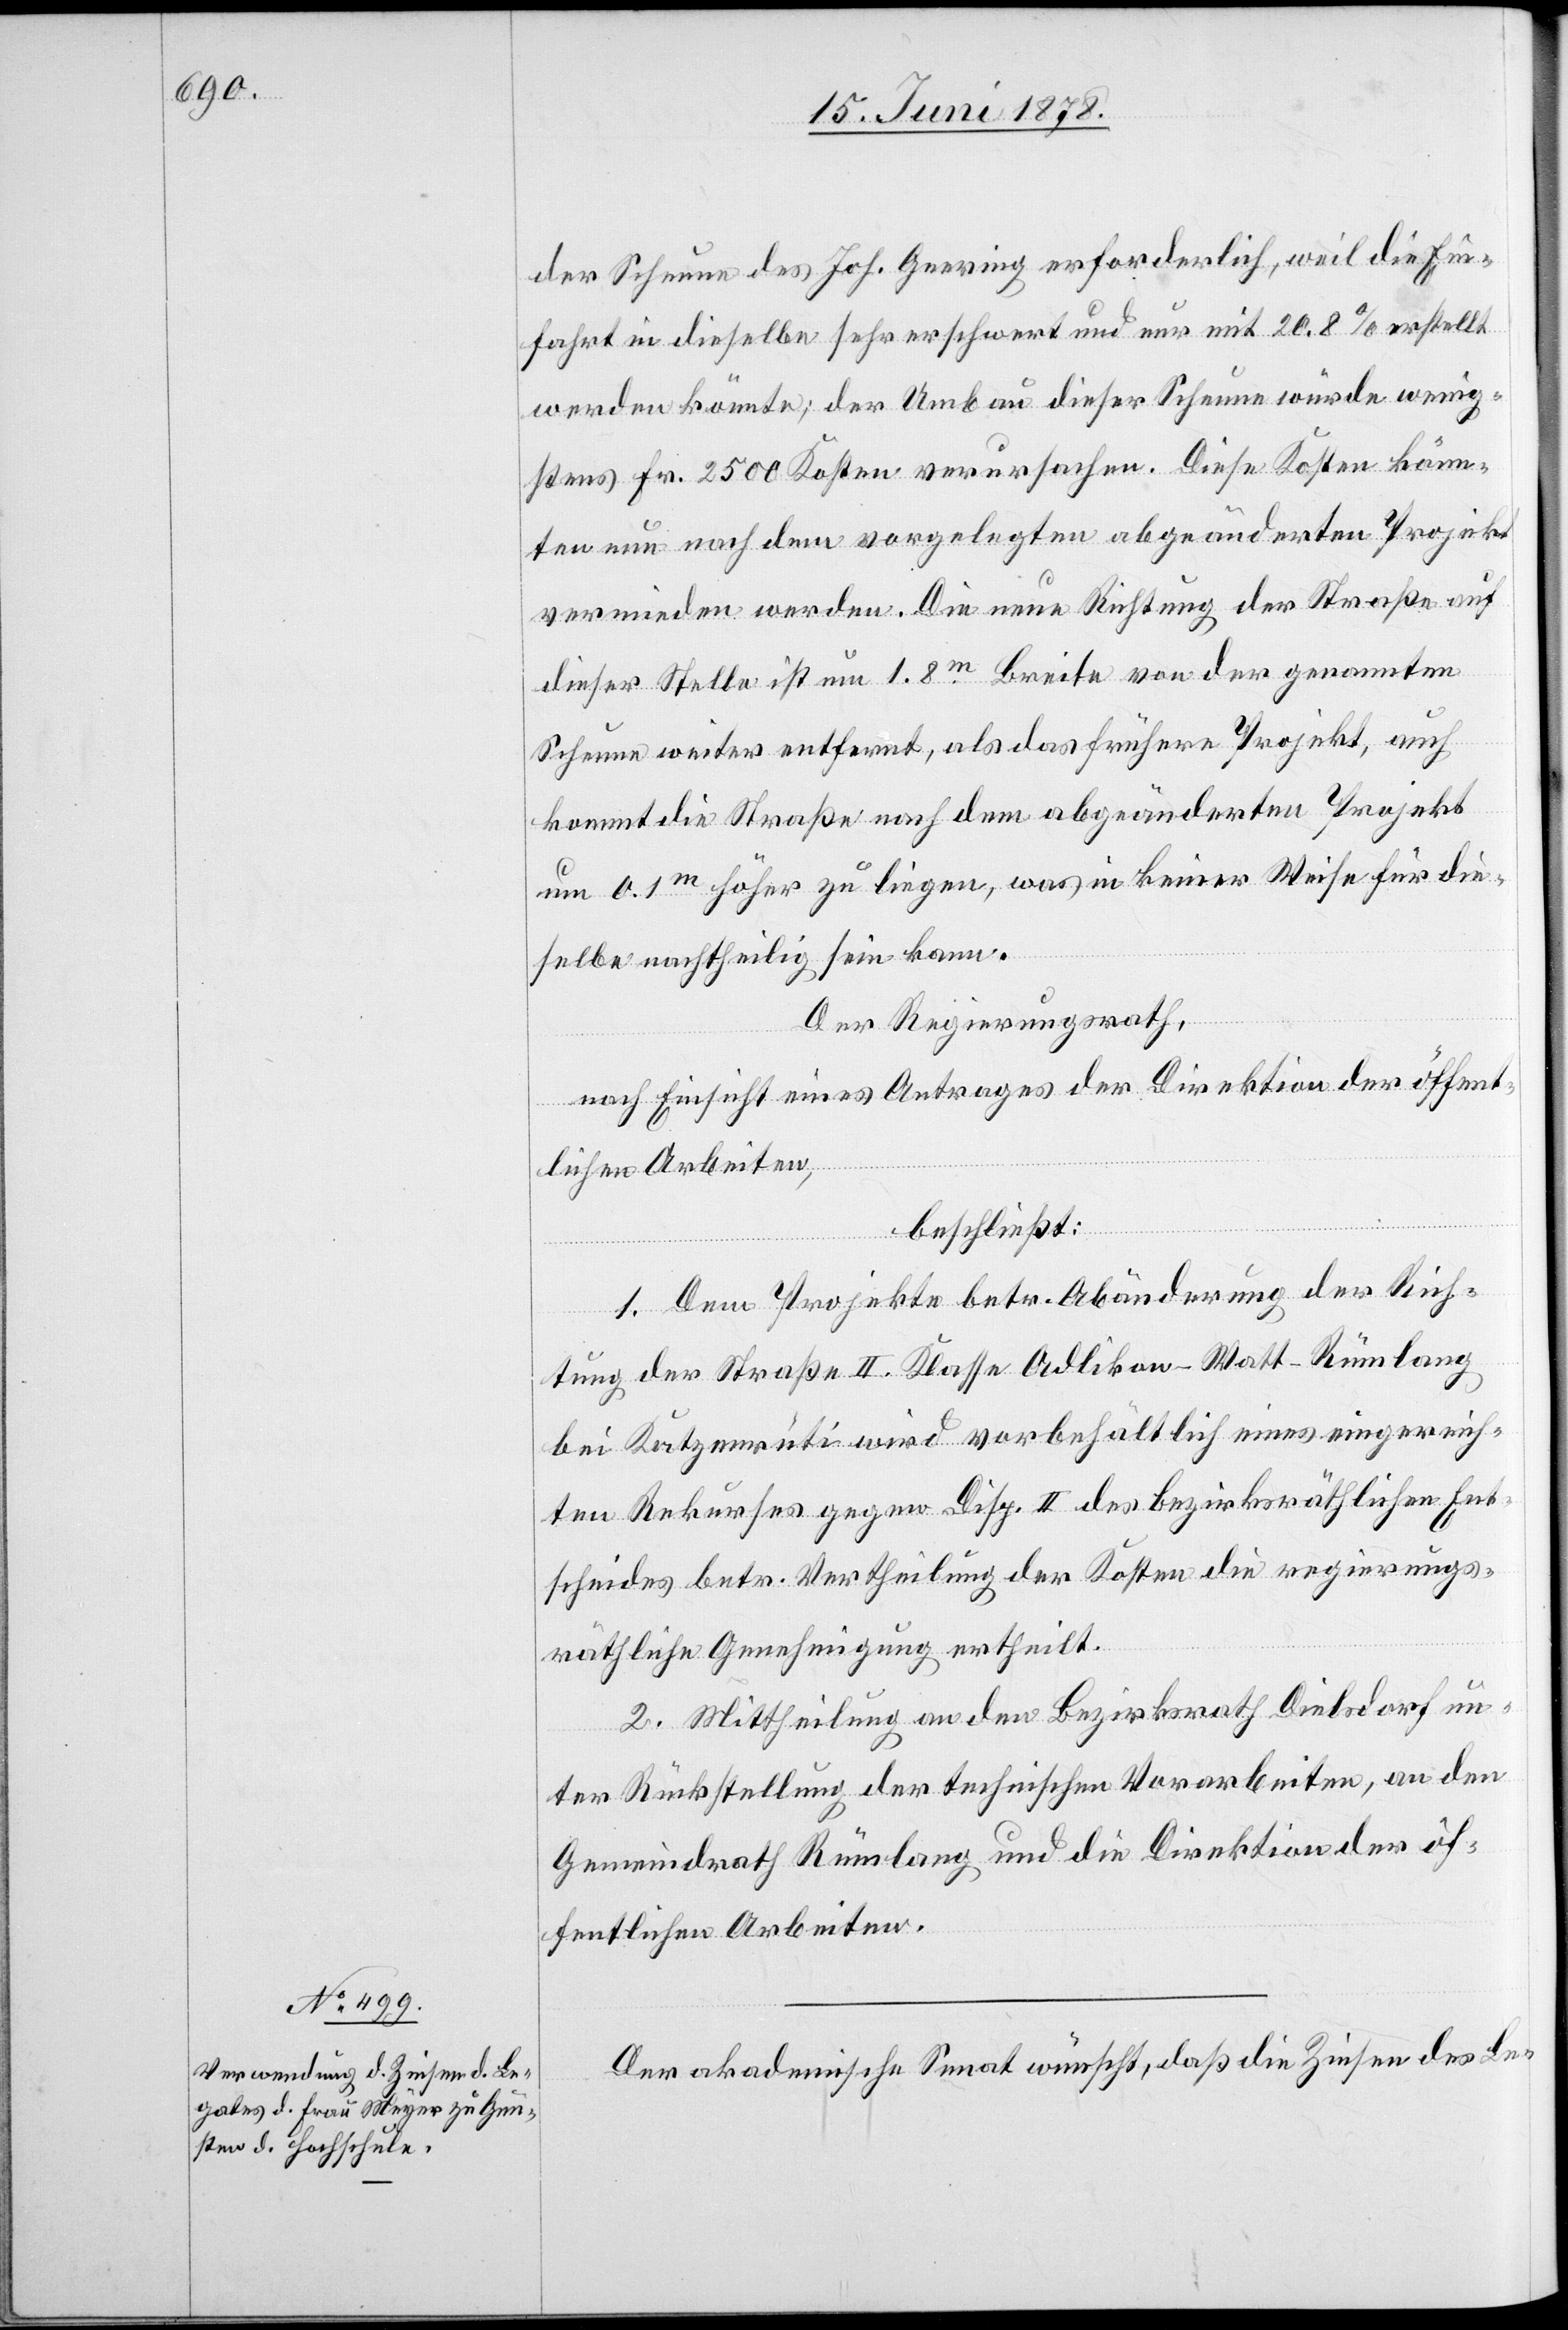
der Scheune des Joh. Geering erforderlich, weil die Ein¬
fahrt in dieselbe sehr erschwert und nur mit 20.8% erstellt
werden könnte; der Umbau dieser Scheune würde wenig¬
stens Fr. 2500 Kosten verursachen. Diese Kosten könn¬
ten nun nach dem vorgelegten abgeänderten Projekt
vermieden werden. Die neue Richtung der Straße auf
dieser Stelle ist um 1.8m Breite von der genannten
Scheune weiter entfernt, als das frühere Projekt, auch
kommt die Straße nach dem abgeänderten Projekt
um 0.1m höher zu liegen, was in keiner Weise für die¬
selbe nachtheilig sein kann.
Der Regierungsrath,
nach Einsicht eines Antrages der Direktion der öffent¬
lichen Arbeiten,
beschließt:
1. Dem Projekte betr. Abänderung der Rich¬
tung der Straße II. Klasse Adlikon–Watt–Rümlang
bei Katzenrüti wird vorbehältlich eines eingereich¬
ten Rekurses gegen Disp. II des bezirksräthlichen Ent¬
scheides betr. Vertheilung der Kosten die regierungs¬
räthliche Genehmigung ertheilt.
2. Mittheilung an den Bezirksrath Dielsdorf un¬
ter Rückstellung der technischen Vorarbeiten, an den
Gemeindrath Rümlang und die Direktion der öf¬
fentlichen Arbeiten.
Der akademische Senat wünscht, daß die Zinsen des Le-